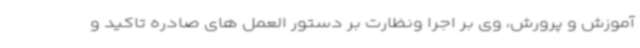
آموزش و پرورش، وی بر اجرا ونظارت بر دستور العمل های صادره تاکید و